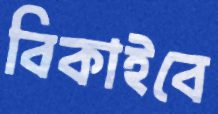
বিকাইবে